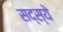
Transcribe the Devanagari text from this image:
सद्स्ये